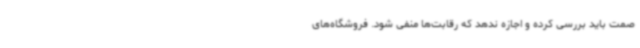
صمت باید بررسی کرده و اجازه ندهد که رقابت‌ها منفی شود. فروشگاه‌های